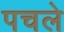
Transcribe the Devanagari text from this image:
पचले